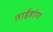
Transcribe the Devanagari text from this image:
ताईहांग